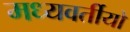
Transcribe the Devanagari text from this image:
मध्यवर्तीयों